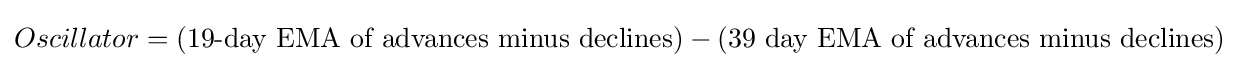
Oscillator=({\text{19-day EMA of advances minus declines}})-({\text{39 day EMA of advances minus declines}})